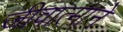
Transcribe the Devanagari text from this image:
जीवात्माने